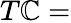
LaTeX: T\mathbb{C}=